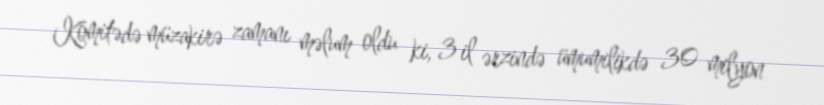
Komitədə müzakirə zamanı məlum oldu ki, 3 il ərzində ümumilikdə 30 milyon